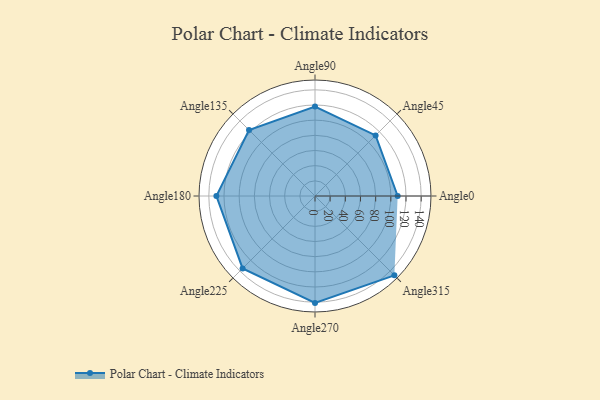
{"axis": {"x": "Angle", "y": "Radius"}, "legend": [""], "data": [{"x": "Angle0", "y": 109.0, "type": ""}, {"x": "Angle45", "y": 113.0, "type": ""}, {"x": "Angle90", "y": 118.0, "type": ""}, {"x": "Angle135", "y": 123.0, "type": ""}, {"x": "Angle180", "y": 130.0, "type": ""}, {"x": "Angle225", "y": 135.0, "type": ""}, {"x": "Angle270", "y": 141.0, "type": ""}, {"x": "Angle315", "y": 148.0, "type": ""}]}